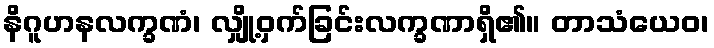
နိဂူဟနလက္ခဏံ၊ လျှို့ဝှက်ခြင်းလက္ခဏာရှိ၏။ တာသံယေဝ၊